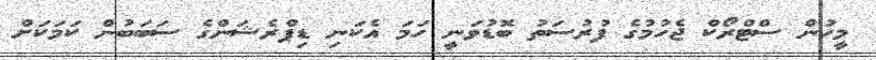
މީހުން ސްޓްރޯކް ޖެހުމުގެ ފުރުސަތު ބޮޑުވަނީ ހަމަ އެކަނި ޑިޕްރެޝަންގެ ސަބަބުން ކަމަކަށް